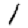
Digit: 1